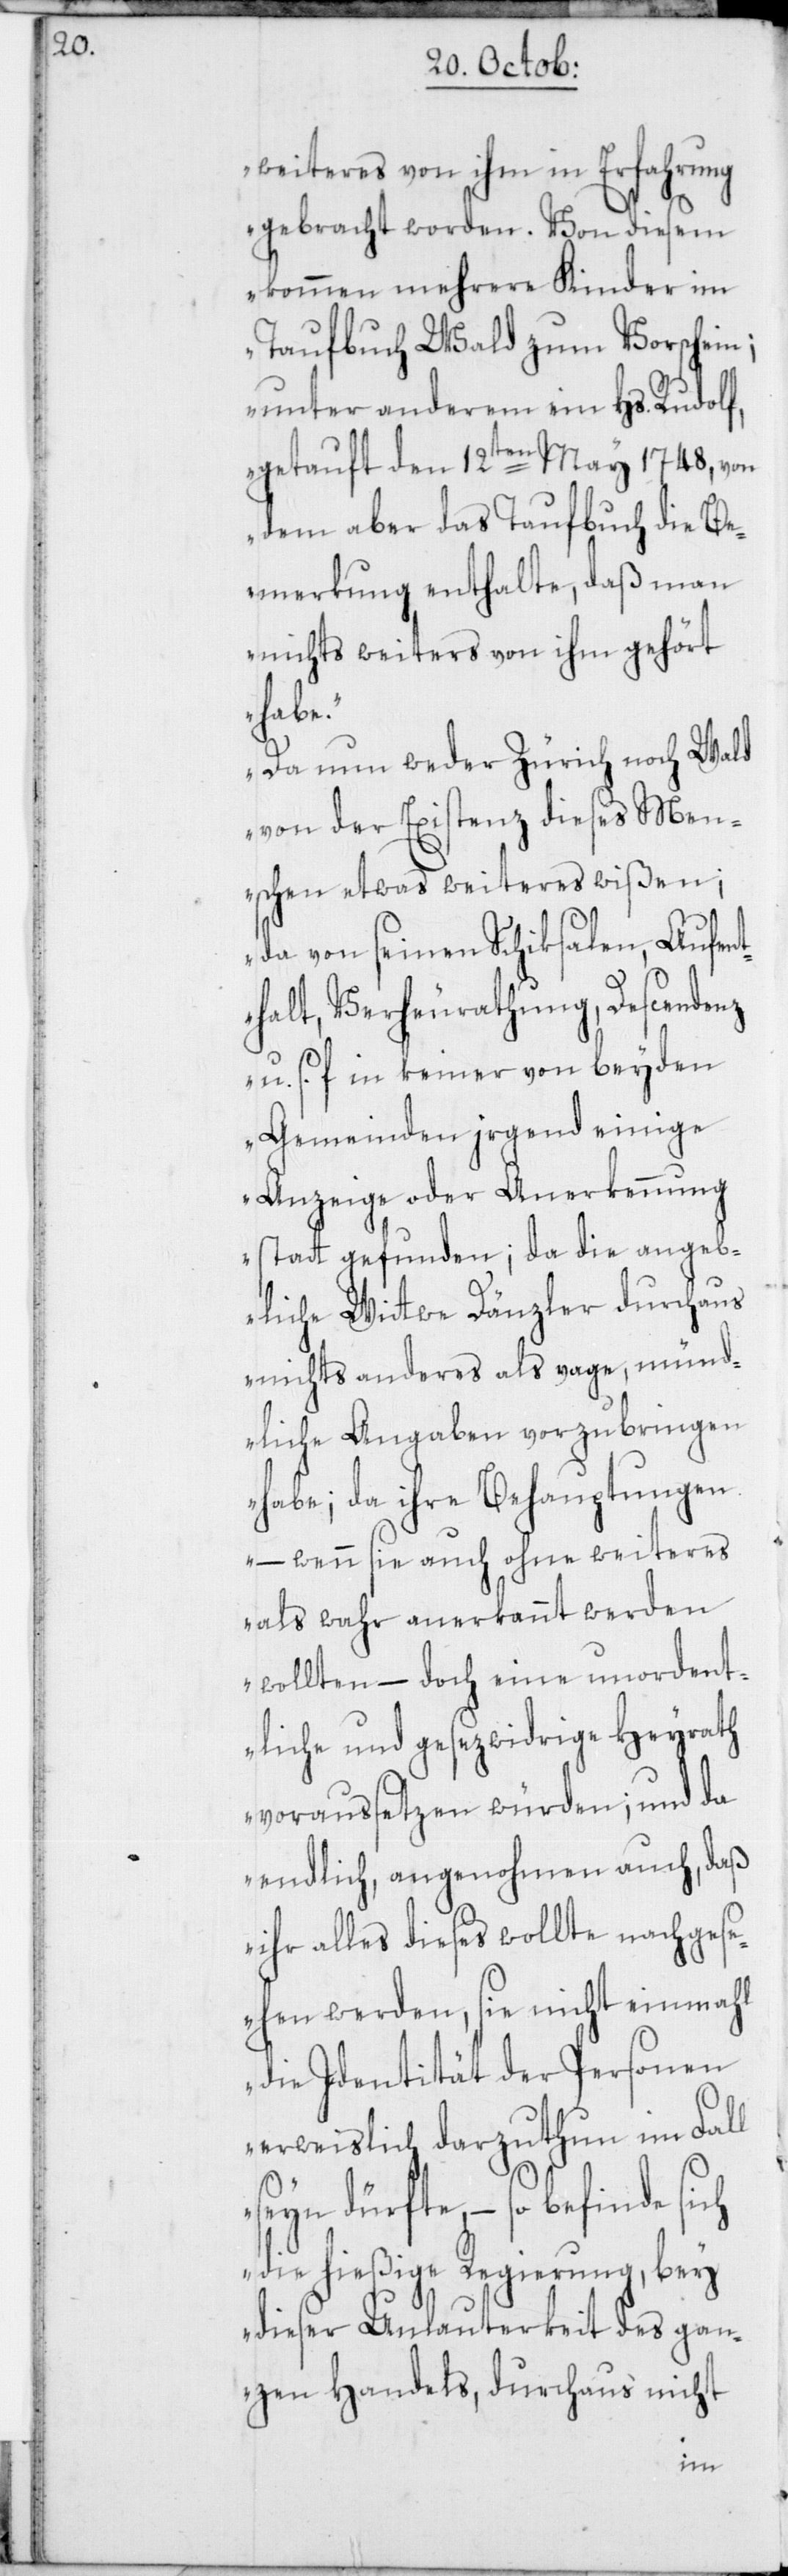
weiteres von ihm in Erfahrung
gebracht worden. Von diesem
kommen mehrere Kinder im
Taufbuch Wald zum Vorschein;
unter anderem ein Hs. Rudolf,
getauft den 12ten May 1748, von
dem aber das Taufbuch die Be¬
merkung enthalte, daß man
nichts weiters von ihm gehört
habe.
Da nun weder Zürich noch Wald
von der Existenz dieses Men¬
schen etwas weiteres wißen;
da von seinen Schiksalen, Aufent¬
halt, Verheurathung, Descendenz
u. s. f., in keiner von beyden
Gemeinden irgend einige
Anzeige oder Anerkennung
statt gefunden; da die angeb¬
liche Wittwe Dänzler durchaus
nichts anderes als vage, münd¬
liche Angaben vorzubringen
habe; da ihre Behauptungen
– wenn sie auch ohne weiteres
als wahr anerkannt werden
wollten – doch eine unordent¬
liche und gesezwidrige Heyrath
voraussetzen würden; und da
endlich, angenohmen auch, daß
ihr alles dieses wollte nachges¬
ehen werden, sie nicht einmahl
die Identität der Personen
erweislich darzuthun im Fall
seyn dürfte, – so befinde
die hießige Regierung, bey
dieser Unlauterkeit des gan¬
zen Handels, durchaus nicht